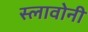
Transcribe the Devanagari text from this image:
स्लावोनी